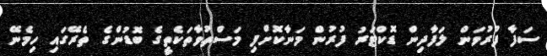
ސަފާ ފުރުވަން ލަފާދިން ޑޮކްޓަރު ފުރުން މަނާކޮށްފި މަސްތުވާތަކެތީގެ ބޮޑުންގެ ތެރޭގައި ހިމެނޭ